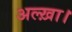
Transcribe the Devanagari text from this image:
अल्ख़ा।